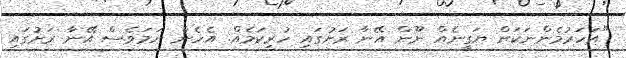
"އަހަރުމެންނަކަށް ޔަގީނެއް ނޫން އޭނާ ރަށުގައި ހުރިކަމެއް. އެހެން ނަމަވެސް އޭނާ ރަށުގައި